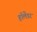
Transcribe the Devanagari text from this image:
हॉलेंडर